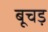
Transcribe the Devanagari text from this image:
बूचड़